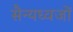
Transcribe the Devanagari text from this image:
सैन्यध्वजों